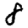
Digit: 8